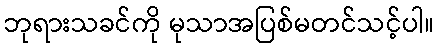
ဘုရားသခင်ကို မုသာအပြစ်မတင်သင့်ပါ။